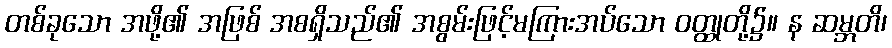
တစ်ခုသော အဖို့၏ အဖြစ် အစရှိသည်၏ အစွမ်းဖြင့်မကြားအပ်သော ဝတ္ထုတို့၌။ န ဆမ္ဘတိ၊